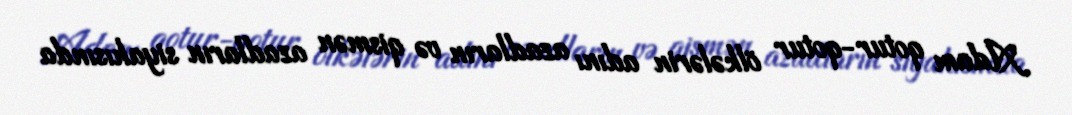
Adam qotur-qotur ölkələrin adını azadların və qismən azadların siyahısında